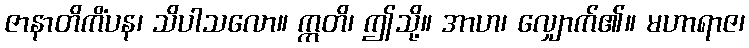
ဇာနာတိကိံပန၊ သိပါသလော။ ဣတိ၊ ဤသို့။ အာဟ၊ လျှောက်၏။ မဟာရာဇ၊